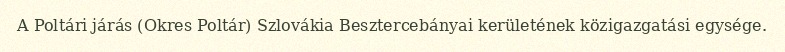
A Poltári járás (Okres Poltár) Szlovákia Besztercebányai kerületének közigazgatási egysége.